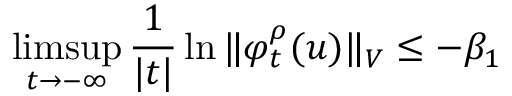
\operatorname* { l i m s u p } _ { t \to - \infty } \frac { 1 } { | t | } \ln \Vert \varphi _ { t } ^ { \rho } ( u ) \Vert _ { V } \leq - \beta _ { 1 }